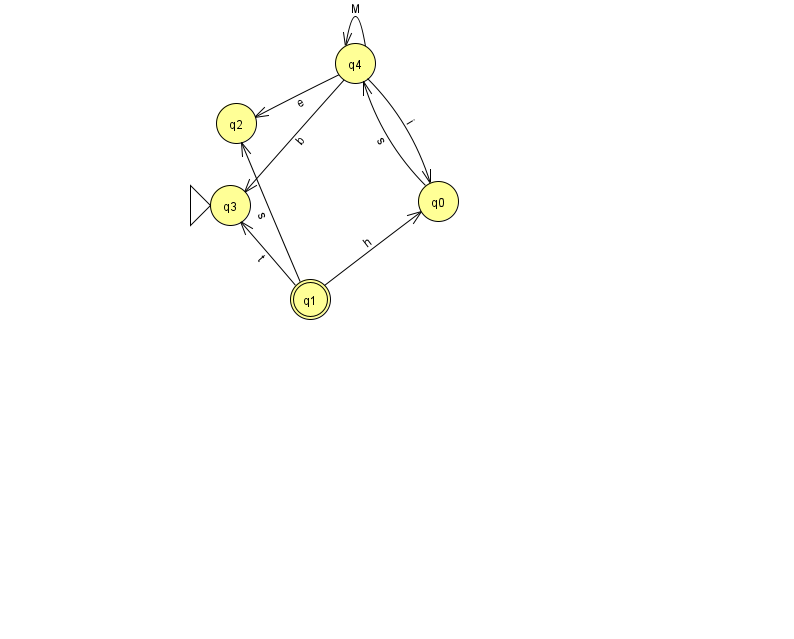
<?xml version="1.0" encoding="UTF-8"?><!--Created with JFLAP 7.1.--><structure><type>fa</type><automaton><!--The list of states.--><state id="0" name="q0"><x>438.0</x><y>188.0</y></state><state id="1" name="q1"><x>310.0</x><y>286.0</y><final/></state><state id="2" name="q2"><x>236.0</x><y>110.0</y></state><state id="3" name="q3"><x>230.0</x><y>192.0</y><initial/></state><state id="4" name="q4"><x>355.0</x><y>50.0</y></state><!--The list of transitions.--><transition><from>4</from><to>2</to><read>e</read></transition><transition><from>4</from><to>0</to><read>i</read></transition><transition><from>1</from><to>2</to><read>s</read></transition><transition><from>1</from><to>0</to><read>h</read></transition><transition><from>0</from><to>4</to><read>s</read></transition><transition><from>4</from><to>3</to><read>b</read></transition><transition><from>4</from><to>4</to><read>M</read></transition><transition><from>1</from><to>3</to><read>t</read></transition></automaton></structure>